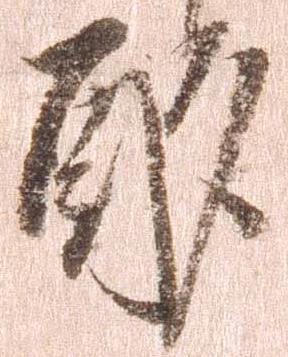
酌